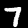
Digit: 7